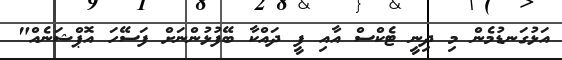
އަޅުގަނޑުމެން މި ދިނީ ޓެކްސް އާއި ފީ ދައްކާ ބޭފުޅުންނަށް ފަސޭހަ އޮޕްޝަނެއް"